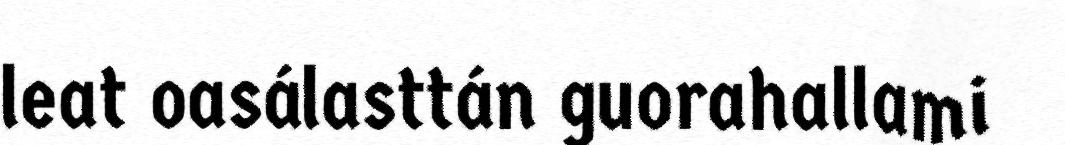
leat oasálasttán guorahallami